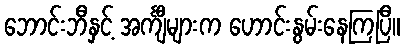
ဘောင်းဘီနှင့် အင်္ကျီများက ဟောင်းနွမ်းနေကြပြီ။